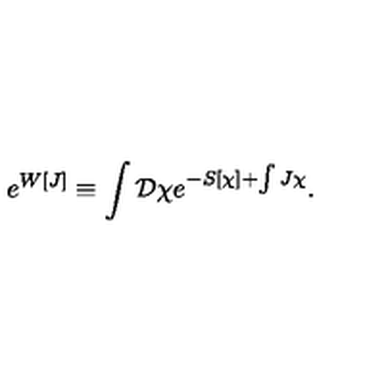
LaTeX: e ^ { W [ J ] } \equiv \int { \mathcal D } \chi e ^ { - S [ \chi ] + \int J \chi } .